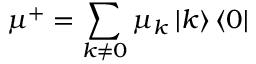
{ { \mu } ^ { + } } = \sum _ { k \ne 0 } { { { \mu } _ { k } } } \left\vert k \right\rangle \left\langle 0 \right\vert